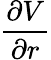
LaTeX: \frac{\partial V}{\partial r}